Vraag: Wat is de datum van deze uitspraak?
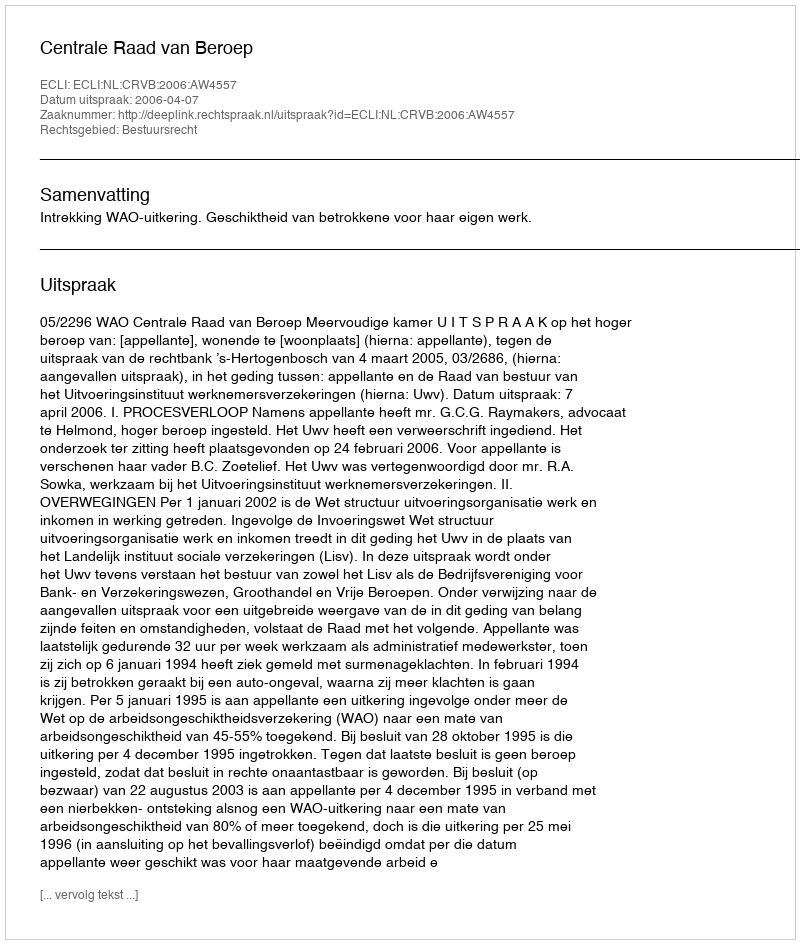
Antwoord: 2006-04-07